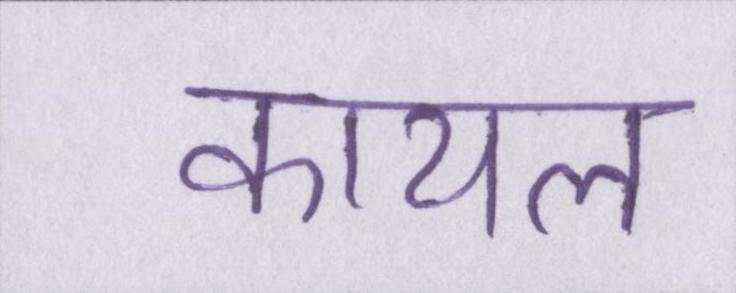
कायल